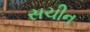
સચીન